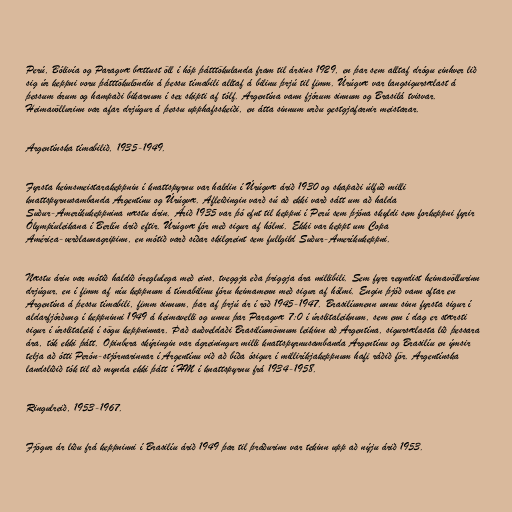
Perú, Bólivía og Paragvæ bættust öll í hóp þátttökulanda fram til ársins 1929, en þar sem alltaf drógu einhver lið
sig úr keppni voru þátttökulöndin á þessu tímabili alltaf á bilinu þrjú til fimm. Úrúgvæ var langsigursælast á
þessum árum og hampaði bikarnum í sex skipti af tólf. Argentína vann fjórum sinnum og Brasilá tvisvar.
Heimavöllurinn var afar drjúgur á þessu upphafsskeiði, en átta sinnum urðu gestgjafarnir meistarar.

Argentínska tímabilið, 1935-1949.

Fyrsta heimsmeistarakeppnin í knattspyrnu var haldin í Úrúgvæ árið 1930 og skapaði úlfúð milli
knattspyrnusambanda Argentínu og Úrúgvæ. Afleiðingin varð sú að ekki varð sátt um að halda
Suður-Ameríkukeppnina næstu árin. Árið 1935 var þó efnt til keppni í Perú sem þjóna skyldi sem forkeppni fyrir
Ólympíuleikana í Berlín árið eftir. Úrúgvæ fór með sigur af hólmi. Ekki var keppt um Copa
América-verðlaunagripinn, en mótið varð síðar skilgreint sem fullgild Suður-Ameríkukeppni.

Næstu árin var mótið haldið óreglulega með eins, tveggja eða þriggja ára millibili. Sem fyrr reyndist heimavöllurinn
drjúgur, en í fimm af níu keppnum á tímabilinu fóru heimamenn með sigur af hólmi. Engin þjóð vann oftar en
Argentína á þessu tímabili, fimm sinnum, þar af þrjú ár í röð 1945-1947. Brasilíumenn unnu sinn fyrsta sigur í
aldarfjórðung í keppninni 1949 á heimavelli og unnu þar Paragvæ 7:0 í úrslitaleiknum, sem enn í dag er stærsti
sigur í úrslitaleik í sögu keppninnar. Það auðveldaði Brasilíumönnum leikinn að Argentína, sigursælasta lið þessara
ára, tók ekki þátt. Opinbera skýringin var ágreiningur milli knattspyrnusambanda Argentínu og Brasilíu en ýmsir
telja að ótti Perón-stjórnarinnar í Argentínu við að bíða ósigur í milliríkjakeppnum hafi ráðið för. Argentínska
landsliðið tók til að mynda ekki þátt í HM í knattspyrnu frá 1934-1958.

Ringulreið, 1953-1967.

Fjögur ár liðu frá keppninni í Brasilíu árið 1949 þar til þráðurinn var tekinn upp að nýju árið 1953.